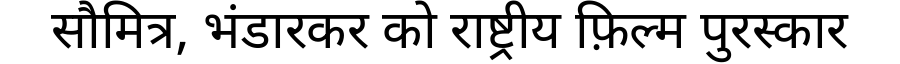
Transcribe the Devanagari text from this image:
सौमित्र, भंडारकर को राष्ट्रीय फ़िल्म पुरस्कार